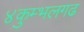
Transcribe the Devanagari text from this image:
४कुम्भलगढ